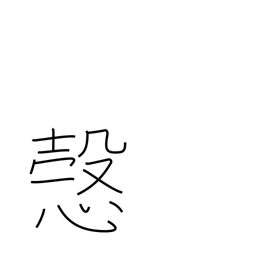
Meaning: sincerely